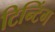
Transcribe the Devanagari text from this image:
टिन्टिंग